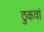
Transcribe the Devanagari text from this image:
ठुकवां